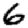
Digit: 6